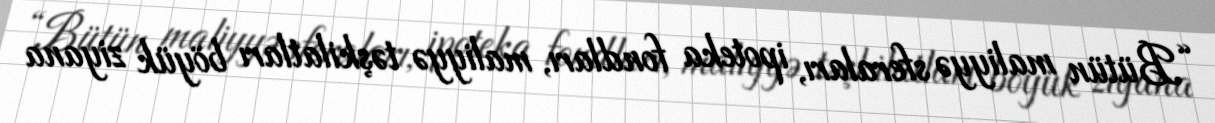
“Bütün maliyyə sferaları, ipoteka fondları, maliyyə təşkilatları böyük ziyana